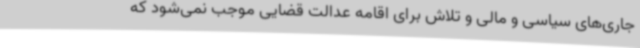
جاری‌های سیاسی و مالی و تلاش برای اقامه عدالت قضایی موجب نمی‌شود که